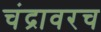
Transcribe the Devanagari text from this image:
चंद्रावरच